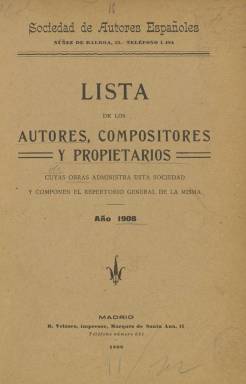
Título: Lista de los autores, compositores y propietarios
Colección: Música || Teatro || Guías y directorios
Ámbito geográfico: Madrid
Lugar de publicación: Madrid
Fechas: 01/01/1908-31/12/1910

Esta publicación es simplemente una relación de afiliados a la Sociedad de Autores Españoles, institución que había echado a andar a finales del siglo XIX como un movimiento asociativo de los autores en defensa de sus derechos como profesionales. El objetivo de la Sociedad, precedente de la actual Sociedad General de Autores Españoles (SGAE), era conseguir la administración y gestión de los derechos derivados de las composiciones musicales y teatrales de sus miembros.

  La BNE solo posee dos de estos catálogos de nombres, los correspondientes a los años 1908 y 1910, aunque seguramente se publicaron más. La Sociedad editó también un boletín oficial a partir de 1903 que aparecía todos los meses y era gratuito para los socios. A través de este boletín, que también posee la BNE, los autores y compositores se informaban de las acciones de la Sociedad, de los resultados económicos y de la compra de derechos para la interpretación de canciones y obras de teatro. El boletín se editó hasta 1914 en que fue sustituido por la revista La Propiedad Intelectual.

   La relación de nombre de la Lista de autores, compositores y propietarios está ordenada alfabéticamente y se especifica si el socio es autor o compositor, que son las categorías más usuales, o si trata de herederos de los derechos o propietarios, es decir, las personas que poseen los derechos por compra.

Resulta llamativo ver en el segundo volumen que posee la BNE, el del año 1910, cómo aparece antes del primer nombre de la relación alfabética el nombre en negrita y con cuerpo tipográfico mayor de Ruperto Chapí, el célebre compositor de zarzuelas que había fallecido el año anterior.

   En una nota a pie de página se indica que el nombre de Chapí, por acuerdo de la junta directiva de la Sociedad de Autores Españoles, debe figurar al frente de la lista perpetuamente. Para entender el porqué de este honor hay que conocer cómo se gestó la Sociedad y cómo Ruperto Chapí fue uno de sus principales impulsores al negarse a vender los derechos de sus obras a un empresario, lo que era entonces lo corriente perdiendo los autores toda capacidad de decisión futura sobre sus obras.

    La independencia de Chapí le hizo pasar por situaciones críticas, como que se le negara el estreno de sus obras en muchos teatros. Su ejemplo fue seguido por el escritor y periodista Sinesio Delgado, quien fue el motor principal para la constitución de la Sociedad y para que los autores y compositores se decidieran a dejar a los empresarios y editores y corriesen el riesgo de adjudicar la administración de sus obras a la Sociedad.

    Para obtener más información sobre la génesis y vicisitudes de la Sociedad de Autores Españoles (1899-1932) puede consultarse la obra publicada en 2002 en la revista de historia Espacio, Tiempo y Forma por la profesora universitaria Raquel Sánchez García. Esta amplia investigación está disponible ‘on line’.

[Descripción publicada el 17/08/2022]